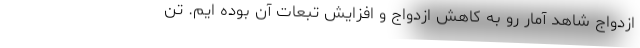
ازدواج شاهد آمار رو به کاهش ازدواج و افزایش تبعات آن بوده ایم. تن